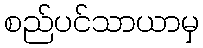
စည်ပင်သာယာမှ